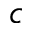
c